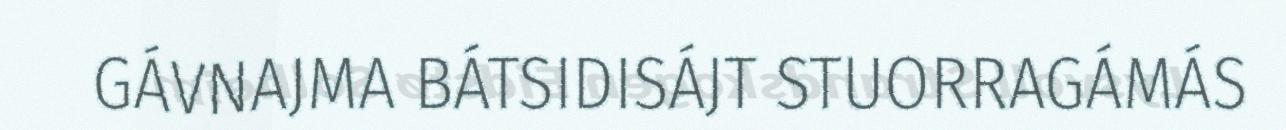
GÁVNAJMA BÁTSIDISÁJT STUORRAGÁMÁS